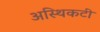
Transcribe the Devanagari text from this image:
अस्थिकटी